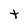
Character: t